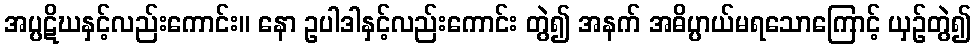
အပ္ပဋိဃနှင့်လည်းကောင်း။ နော ဥပါဒါနှင့်လည်းကောင်း တွဲ၍ အနက် အဓိပ္ပာယ်မရသောကြောင့် ယှဉ်တွဲ၍